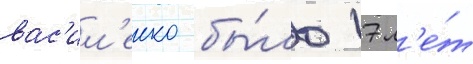
вас'ил'енко бы́ло 17 л'е́т